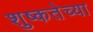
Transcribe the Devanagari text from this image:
शुष्कतेच्या